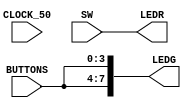
module blank
(
	//Clock Input
//	input [1:0] CLOCK_24,  // 24 MHz
//	input [1:0] CLOCK_27,  // 27 MHz
	input       CLOCK_50,  // 50 MHz
//	input       EXT_CLOCK, // External Clock

	// Push Button
	input [3:0] BUTTONS, // Active - LOW

	// DPDT Switch
	input [9:0] SW, // Active - HIGH
	
	// LED, Active - HIGH
	output [9:0] LEDR,
	output [7:0] LEDG


	//7-SEG Dispaly, Active - LOW
//	output [6:0] HEX0,
//	output [6:0] HEX1,
//	output [6:0] HEX2,
//	output [6:0] HEX3,

	// UART
//	output UART_TXD,
//	input  UART_RXD,

	// VGA
//	output VGA_HS,      // VGA H_SYNC
//	output VGA_VS,      // VGA V_SYNC
//	output [3:0] VGA_R, // VGA Red[3:0]
//	output [3:0] VGA_G, // VGA Green[3:0]
//	output [3:0] VGA_B, // VGA Blue[3:0]

	// Audio CODEC
//	inout  AUD_ADCLRCK, // ADC LR Clock
//	input  AUD_ADCDAT,  // ADC Data
//	inout  AUD_DACLRCK, // DAC LR Clock
//	output AUD_DACDAT,  // DAC Data
//	inout  AUD_BCLK,    // Bit-Stream Clock
//	output AUD_XCK,     // Chip Clock

	// SRAM Interface
//	inout  [15:0] SRAM_DQ,   // Data bus 16 Bits
//	output [17:0] SRAM_ADDR, // Address bus 18 Bits
//	output SRAM_UB_N,        // High-byte Data Mask 
//	output SRAM_LB_N,        // Low-byte Data Mask 
//	output SRAM_WE_N,        // Write Enable
//	output SRAM_CE_N,        // Chip Enable
//	output SRAM_OE_N,        // Output Enable

	// SDRAM
//	inout  [15:0] DRAM_DQ,   // SDRAM Data bus 16 Bits
//	output [11:0] DRAM_ADDR, // SDRAM Address bus 12 Bits
//	output DRAM_LDQM,        // SDRAM Low-byte Data Mask 
//	output DRAM_UDQM,        // SDRAM High-byte Data Mask
//	output DRAM_WE_N,        // SDRAM Write Enable
//	output DRAM_CAS_N,       // SDRAM Column Address Strobe
//	output DRAM_RAS_N,       // SDRAM Row Address Strobe
//	output DRAM_CS_N,        // SDRAM Chip Select
//	output DRAM_BA_0,        // SDRAM Bank Address 0
//	output DRAM_BA_1,        // SDRAM Bank Address 0
//	output DRAM_CLK,         // SDRAM Clock
//	output DRAM_CKE,         // SDRAM Clock Enable

	// Flash Interface
//	inout  [7:0]  FL_DQ,   // Data bus 8 Bits
//	output [21:0] FL_ADDR, // Address bus 22 Bits
//	output FL_WE_N,        // Write Enable
//	output FL_RST_N,       // Reset
//	output FL_OE_N,        // Output Enable
//	output FL_CE_N,        // Chip Enable
	
	// SD Card Interface
//	inout  SD_DAT,  //Data
//	inout  SD_DAT3, //Data 3
//	inout  SD_CMD,  //Command Signal
//	output SD_CLK,  //Clock
	
	// I2C
//	inout  I2C_SDAT,
//	output I2C_SCLK,

	// PS2
//	input PS2_DAT,
//	input PS2_CLK,

	// USB JTAG link
//	input  TDI, // CPLD -> FPGA (data in)
//	input  TCK, // CPLD -> FPGA (clk)
//	input  TCS, // CPLD -> FPGA (CS)
//	output TDO, // FPGA -> CPLD (data out)

	// GPIO
//	input[35:0] GPIO_0, // GPIO Connection 0
//	input[35:0] GPIO_1  // GPIO Connection 1
);

assign LEDR = SW;
assign LEDG = {BUTTONS, BUTTONS};


endmodule